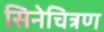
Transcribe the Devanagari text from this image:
सिनेचित्रण